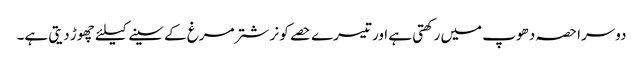
دوسرا حصہ دھوپ میں رکھتی ہے اور تیسرے حصے کو نر شتر مرغ کے سینے کیلئے چھوڑ دیتی ہے۔